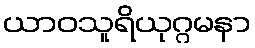
ယာဝသူရိယုဂ္ဂမနာ